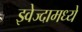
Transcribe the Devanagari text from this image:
झ्वेज्दामध्ये